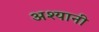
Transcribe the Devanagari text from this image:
अश्यानी